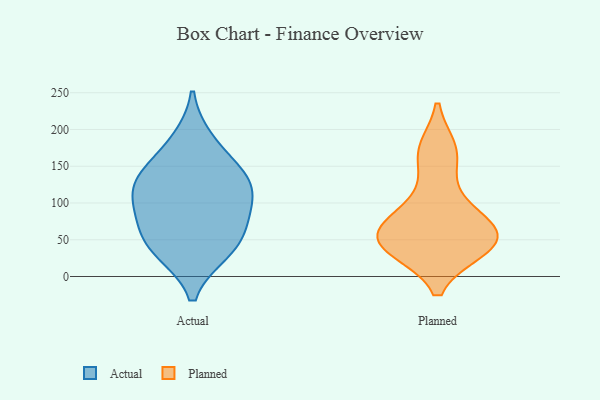
{"axis": {"x": "Demand Index", "y": "Value"}, "legend": ["Actual", "Planned"], "data": [{"x": "", "y": 34, "type": "Actual"}, {"x": "", "y": 126, "type": "Actual"}, {"x": "", "y": 129, "type": "Actual"}, {"x": "", "y": 185, "type": "Actual"}, {"x": "", "y": 83, "type": "Actual"}, {"x": "", "y": 36, "type": "Actual"}, {"x": "", "y": 148, "type": "Actual"}, {"x": "", "y": 117, "type": "Actual"}, {"x": "", "y": 86, "type": "Actual"}, {"x": "", "y": 55, "type": "Actual"}, {"x": "", "y": 106, "type": "Planned"}, {"x": "", "y": 40, "type": "Planned"}, {"x": "", "y": 172, "type": "Planned"}, {"x": "", "y": 42, "type": "Planned"}, {"x": "", "y": 47, "type": "Planned"}, {"x": "", "y": 166, "type": "Planned"}, {"x": "", "y": 61, "type": "Planned"}, {"x": "", "y": 71, "type": "Planned"}, {"x": "", "y": 70, "type": "Planned"}, {"x": "", "y": 38, "type": "Planned"}]}